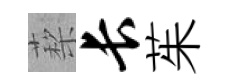
蔾长茱